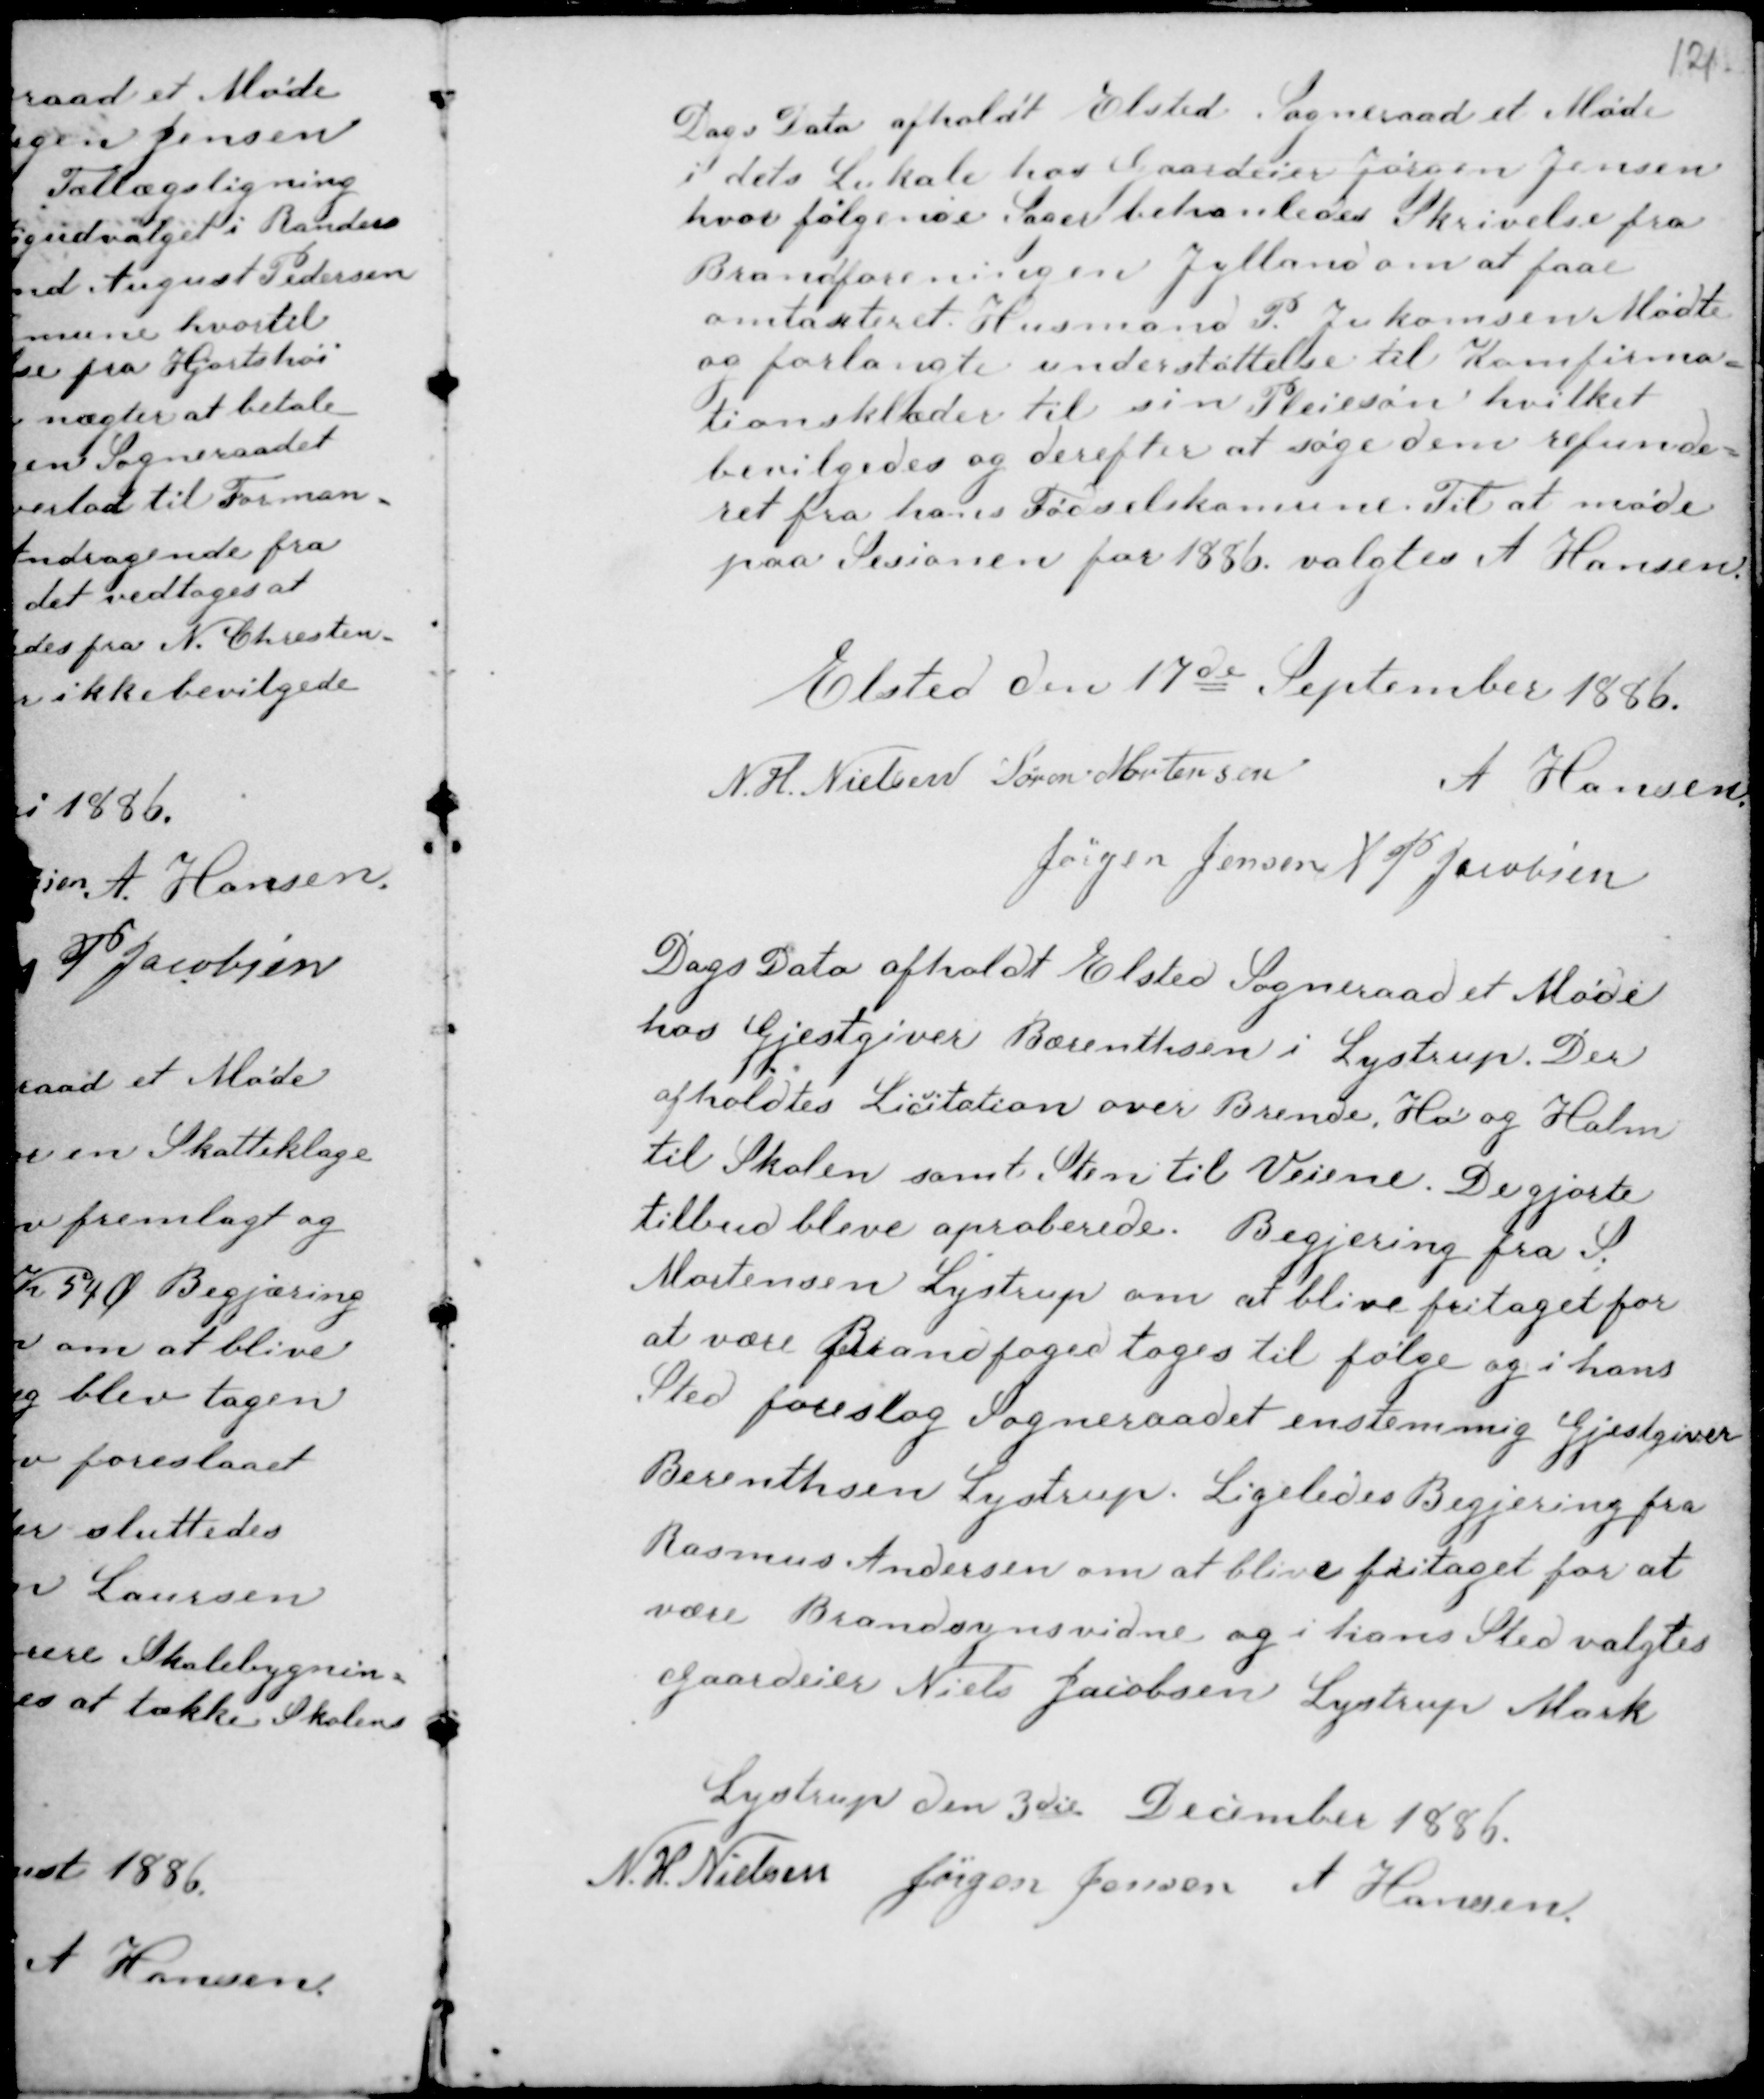
Transskription:
Dags Dato afholdt Elsted Sogneraad et Møde
i dets Lokale hos Gaardeier Jørgen Jensen
hvor følgende sager behanledes Skrivelse fra
Brandforeningen Jylland om at faae
omtaxteret. Husmand P. Jukomsen Mødte
og forlangte understøttelse til Komfirma-
tionsklæder til sin Pleiesøn hvilket
bevilgedes og derefter at søge dem refunde-
ret fra hans Fødselskomune. Til at møde
paa Sessionen for 1886 valgtes A Hansen.

Elsted den 17de September 1886.
N. H. Nielsen Søren Mortensen A Hansen
Jørgen Jensen A P Jacobsen

Dags Dato afholdt Elsted Sogneraad et Møde
hos Gjestgiver Bærenthsen i Lystrup. Der
afholdtes Licitation over Brende, Hø og Halm
til Skolen samt Sten til Veiene. De gjorte
tilbud bleve aproberede. Begjering fra S.
Mortensen Lystrup om at blive fritaget for
at være Brandfoged toges til følge og i hans
Sted foreslog Sogneraadet enstemmig Gjestgiver
Berenthsen Lystrup. Ligeledes Begjering fra
Rasmus Andersen om at blive fritaget for at
være Brandsynsvidne og i hans Sted valgtes
Gaardeier Niels Jacobsen Lystrup Mark.

Lystrup den 3die December 1886.
N. H. Nielsen Jørgen Jensen A Hansen